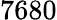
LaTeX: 7680